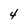
Character: 4